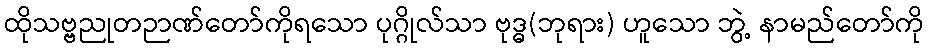
ထိုသဗ္ဗညုတဉာဏ်တော်ကိုရသော ပုဂ္ဂိုလ်သာ ဗုဒ္ဓ(ဘုရား) ဟူသော ဘွဲ့ နာမည်တော်ကို